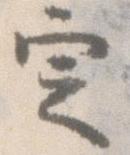
定